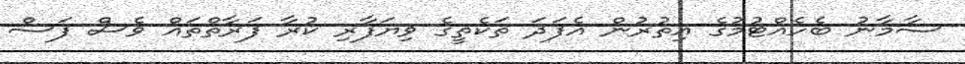
ސާމާނު ބެހެއްޓުމުގެ އިތުރުން އެފަދަ ތަކެތީގެ ވިޔަފާރި ކުރާ ފަރާތްތައް ވެސް ފަސް